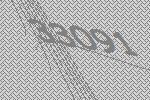
33091